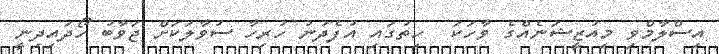
އިސްލާމްވި މިއުޒީޝަނެއްގެ ވާހަކަ  ހިތުގައި އުފެދުނު ހުރިހާ ސުވާލަކަށް ޖަވާބު ހޯދައިދިނީ